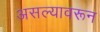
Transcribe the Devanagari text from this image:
असल्यावरून